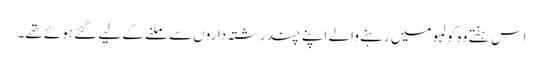
اس ہفتے وہ کولمبو میں رہنے والے اپنے چند رشتہ داروں سے ملنے کے لیے گئے ہوئے تھے۔